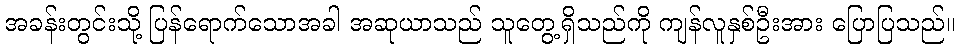
အခန်းတွင်းသို့ ပြန်ရောက်သောအခါ အဆုယာသည် သူတွေ့ရှိသည်ကို ကျန်လူနှစ်ဦးအား ပြောပြသည်။